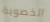
الخصوبة